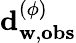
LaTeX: \mathbf{d}_{\mathbf{w},\mathbf{obs}}^{(\phi)}